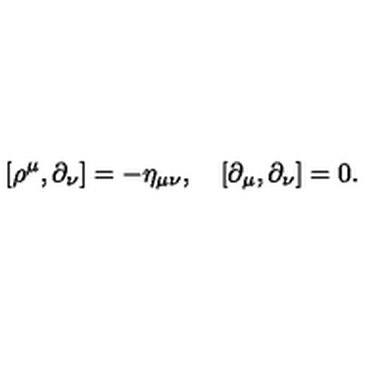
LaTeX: [ \rho ^ { \mu } , \partial _ { \nu } ] = - \eta _ { \mu \nu } , \quad [ \partial _ { \mu } , \partial _ { \nu } ] = 0 .